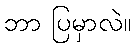
ဘာ ပြမှာလဲ။